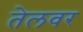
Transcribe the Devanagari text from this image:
तेलवर